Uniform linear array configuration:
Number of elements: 24
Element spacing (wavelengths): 1
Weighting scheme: blackman
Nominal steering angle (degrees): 60
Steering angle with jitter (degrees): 59.759
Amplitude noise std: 0.05
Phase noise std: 0.05

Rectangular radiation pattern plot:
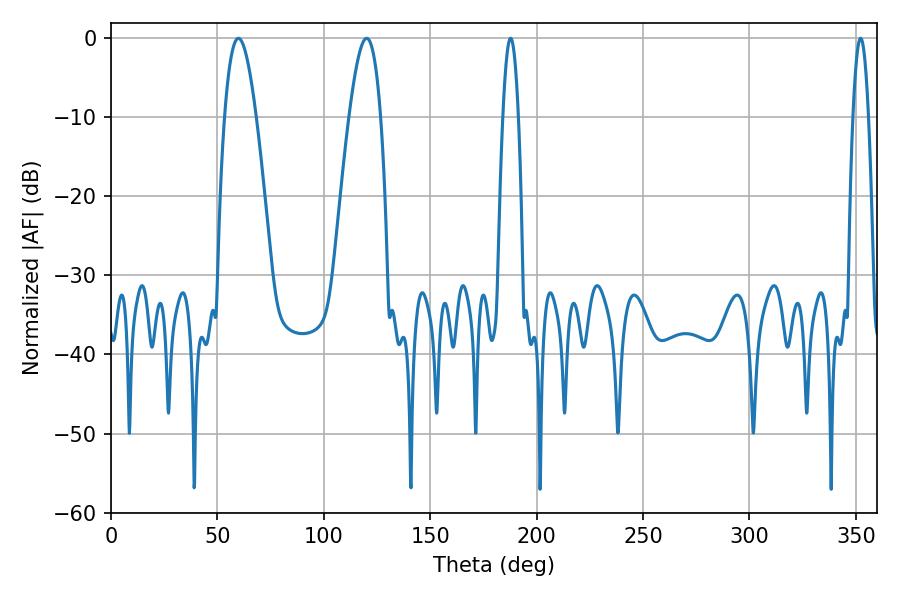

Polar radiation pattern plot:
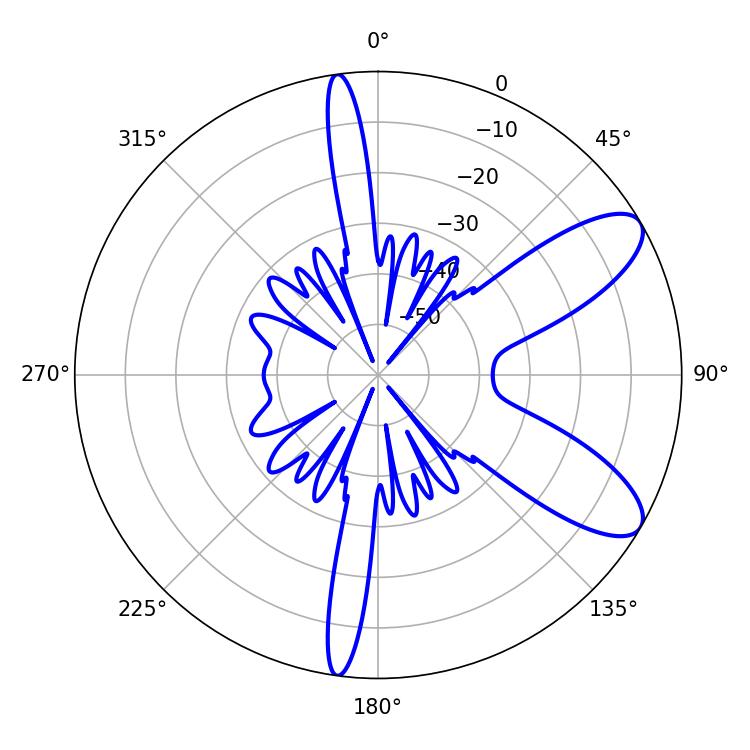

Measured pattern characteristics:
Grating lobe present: TRUE
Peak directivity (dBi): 9.123
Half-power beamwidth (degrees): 3.96
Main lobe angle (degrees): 187.74